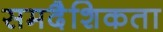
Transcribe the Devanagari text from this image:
समदैशिकता